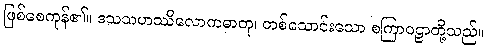
ဖြစ်စေကုန်၏။ ဒသသဟဿိလောကဓာတု၊ တစ်သောင်းသော စကြာဝဠာတို့သည်။